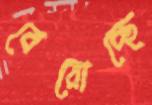
বেরোচ্ছে